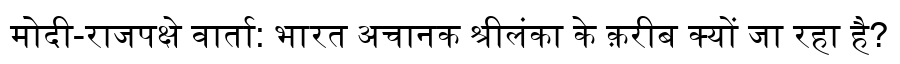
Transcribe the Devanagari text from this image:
मोदी-राजपक्षे वार्ता: भारत अचानक श्रीलंका के क़रीब क्यों जा रहा है?